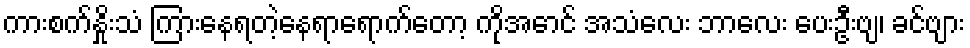
ကားစက်နှိုးသံ ကြားနေရတဲ့နေရာရောက်တော့ ကိုအောင် အသံလေး ဘာလေး ပေးဦးဗျ၊ ခင်ဗျား